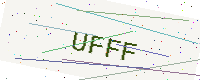
Text: UFFF